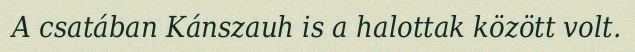
A csatában Kánszauh is a halottak között volt.